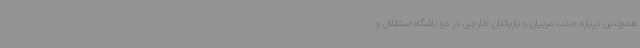
همچنین درباره جذب مربیان و بازیکنان خارجی در دو باشگاه استقلال و